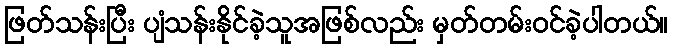
ဖြတ်သန်းပြီး ပျံသန်းနိုင်ခဲ့သူအဖြစ်လည်း မှတ်တမ်းဝင်ခဲ့ပါတယ်။